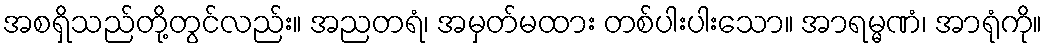
အစရှိသည်တို့တွင်လည်း။ အညတရံ၊ အမှတ်မထား တစ်ပါးပါးသော။ အာရမ္မဏံ၊ အာရုံကို။